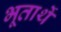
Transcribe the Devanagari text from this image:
भूतार्थे